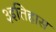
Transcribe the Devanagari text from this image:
३इतिहास